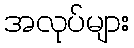
အလုပ်များ